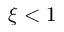
\xi < 1